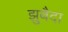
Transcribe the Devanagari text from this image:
झुबैदा